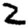
Digit: 2